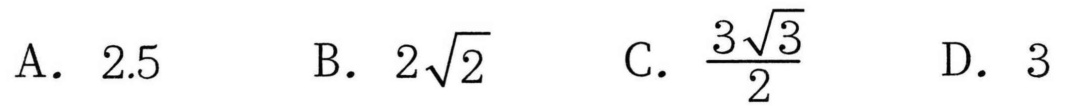
A. \(2.5\)  B. \(2\sqrt{2}\)  C. \(\frac{3\sqrt{3}}{2}\)  D. \(3\)